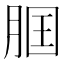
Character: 𦛢